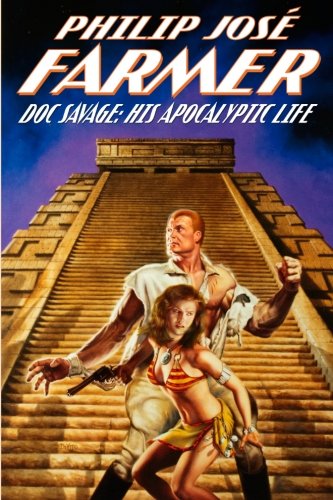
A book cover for Doc Savage: His Apocalyptic Life; Philip JosÃ© Farmer; Mystery, Thriller & Suspense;